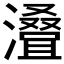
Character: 𣿫